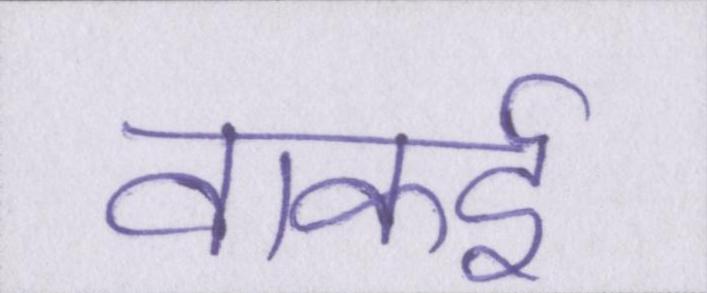
वाकई